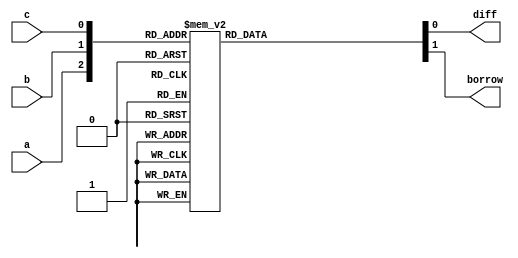
`timescale 1ns / 1ps
//////////////////////////////////////////////////////////////////////////////////
// Company: 
// Engineer: 
// 
// Design Name: 
// Module Name:    B4fullsubtractor 
// Project Name: 
// Target Devices: 
// Tool versions: 
// Description: 
//
// Dependencies: 
//
// Revision: 
// Revision 0.01 - File Created
// Additional Comments: 
//
//////////////////////////////////////////////////////////////////////////////////
module  B4fullsubtractor(a,b,c,diff,borrow
    );
input a,b,c;
output diff,borrow;
reg diff,borrow;
always@(a,b,c)
begin
case({a,b,c})
3'b000: begin diff=1'b0; borrow=1'b0; end
3'b001: begin diff=1'b1; borrow=1'b1; end
3'b010: begin diff=1'b1; borrow=1'b1; end
3'b011: begin diff=1'b0; borrow=1'b1; end
3'b100: begin diff=1'b1; borrow=1'b0; end
3'b101: begin diff=1'b0; borrow=1'b0; end
3'b110: begin diff=1'b0; borrow=1'b0; end
3'b111: begin diff=1'b1; borrow=1'b1; end
default:begin diff=1'bx; borrow=1'bx; end
endcase
end
endmodule